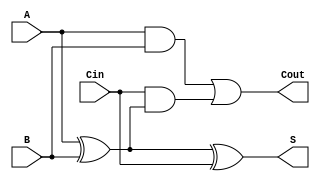
module asynchronous_full_adder (
    input wire A,      // First binary input
    input wire B,      // Second binary input
    input wire Cin,    // Carry-in input
    output wire S,     // Sum output
    output wire Cout   // Carry-out output
);

// Internal signals for intermediate calculations
wire AxorB;

// Compute the sum (S)
assign AxorB = A ^ B;        // A XOR B
assign S = AxorB ^ Cin;      // (A XOR B) XOR Cin

// Compute the carry-out (Cout)
assign Cout = (A & B) | (Cin & AxorB); // (A AND B) OR (Cin AND (A XOR B))

endmodule